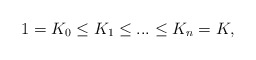
\begin{align*}1 = K_0 \leq K_1 \leq ... \leq K_n = K, \end{align*}